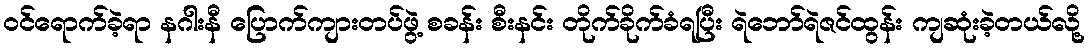
ဝင်ရောက်ခဲ့ရာ နဂါးနီ ပြောက်ကျားတပ်ဖွဲ့ စခန်း စီးနင်း တိုက်ခိုက်ခံရပြီး ရဲဘော်ရဲဇင်ထွန်း ကျဆုံးခဲ့တယ်လို့